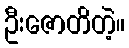
ဦးဇောတိတဲ့။